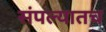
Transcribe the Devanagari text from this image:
संपल्यातच